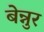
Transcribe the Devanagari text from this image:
बेन्नुर